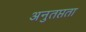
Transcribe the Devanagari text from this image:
अनुतप्तता